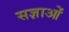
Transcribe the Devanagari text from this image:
सज्ञाओं